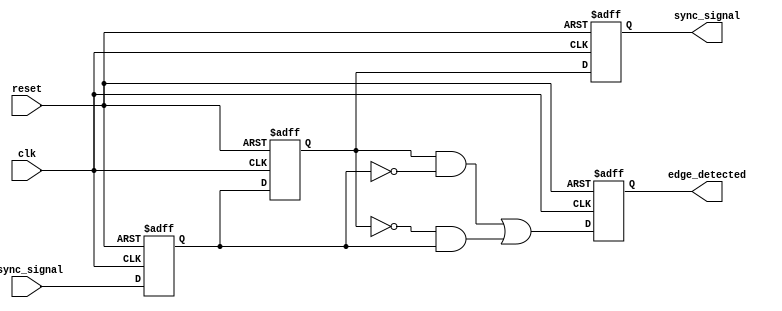
module async_to_sync_converter (
    input wire async_signal,        // Asynchronous input signal
    input wire clk,                // Synchronous clock
    input wire reset,              // Reset signal
    output reg sync_signal,        // Synchronized output signal
    output reg edge_detected       // Edge detected signal
);

    // Internal signals
    reg async_signal_ff1;          // First flip-flop for synchronizing
    reg async_signal_ff2;          // Second flip-flop for synchronizing

    // Dual Flip-Flop Synchronizer
    always @(posedge clk or posedge reset) begin
        if (reset) begin
            async_signal_ff1 <= 1'b0;
            async_signal_ff2 <= 1'b0;
        end else begin
            async_signal_ff1 <= async_signal; // First stage
            async_signal_ff2 <= async_signal_ff1; // Second stage
        end
    end

    // Synchronized output signal
    always @(posedge clk or posedge reset) begin
        if (reset) begin
            sync_signal <= 1'b0;
        end else begin
            sync_signal <= async_signal_ff2; // Output the synchronized signal
        end
    end

    // Edge Detection Logic
    always @(posedge clk or posedge reset) begin
        if (reset) begin
            edge_detected <= 1'b0;
        end else begin
            edge_detected <= (async_signal_ff2 && !async_signal_ff1) || (!async_signal_ff2 && async_signal_ff1);
        end
    end

endmodule